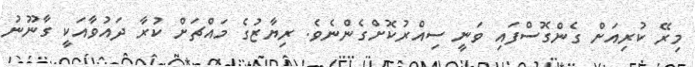
މިރޭ ކުރިއަށް ގެންގޮސްފައި ވަނީ ސިއްރުކޮށްގެންނެވެ. ރިޔާޒުގެ މައްޗަށް ކުރާ ދައުވާއަކީ ގާނޫނު